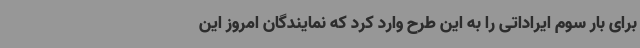
برای بار سوم ایراداتی را به این طرح وارد کرد که نمایندگان امروز این